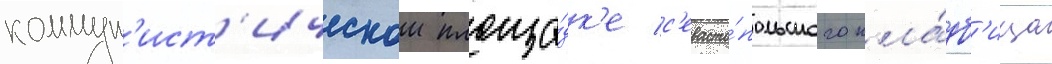
коммун'ист'ическои площа́дк'е с'евасто́польского кла́дб'ища